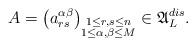
LaTeX: \begin{align*}A=\bigl(a_{rs}^{\alpha\beta}\bigr)_{\substack{1\leq r,s\leq n\\ 1\leq\alpha,\beta\leq M}}\in{\mathfrak{A}}_L^{dis}.\end{align*}